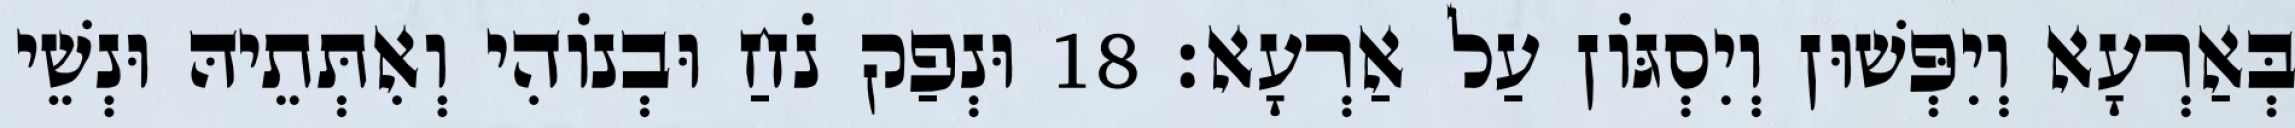
בְּאַרְעָא וְיִפְּשׁוּן וְיִסְגּוֹן עַל אַרְעָא׃ 18 וּנְפַק נֹחַ וּבְנוֹהִי וְאִתְּתֵיהּ וּנְשֵׁי